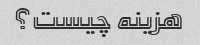
هزینه چیست؟